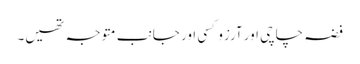
فضہ چاچی اور آرزو کسی اور جانب متوجہ تھیں۔